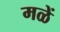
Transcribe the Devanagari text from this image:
मळें